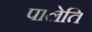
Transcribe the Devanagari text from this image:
पालेति